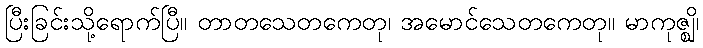
ပြီးခြင်းသို့ရောက်ပြီ။ တာတသေတကေတု၊ အမောင်သေတကေတု။ မာကုဇ္ဈိ၊